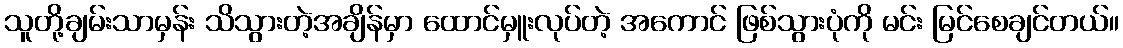
သူတို့ချမ်းသာမှန်း သိသွားတဲ့အချိန်မှာ ထောင်မှူးလုပ်တဲ့ အကောင် ဖြစ်သွားပုံကို မင်း မြင်စေချင်တယ်။